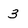
Character: 3